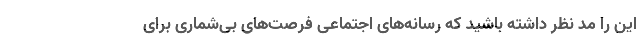
این را مد نظر داشته باشید که رسانه‌های اجتماعی فرصت‌های بی‌شماری برای